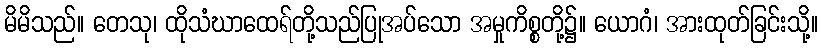
မိမိသည်။ တေသု၊ ထိုသံဃာထေရ်တို့သည်ပြုအပ်သော အမှုကိစ္စတို့၌။ ယောဂံ၊ အားထုတ်ခြင်းသို့။